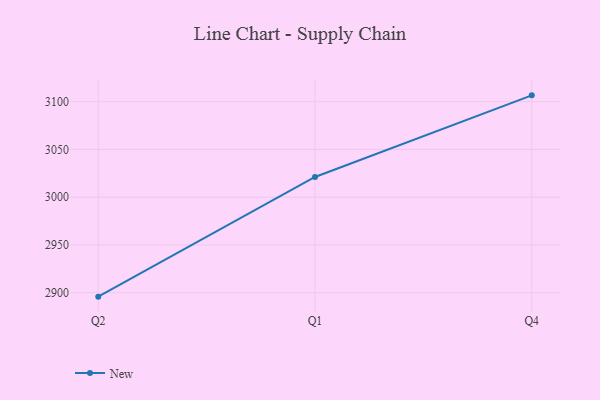
{"axis": {"x": "Quarter", "y": "Temperature (°C)"}, "legend": ["New"], "data": [{"x": "Q2", "y": 2895.9, "type": "New"}, {"x": "Q1", "y": 3021.2, "type": "New"}, {"x": "Q4", "y": 3106.6, "type": "New"}]}